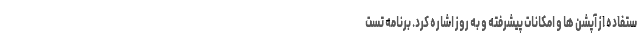
ستفاده از آپشن ها و امکانات پیشرفته و به روز اشاره کرد. برنامه تست